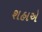
શહાએ